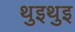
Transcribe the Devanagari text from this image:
थुइथुइ